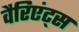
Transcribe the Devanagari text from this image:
वैरिएंट्स